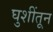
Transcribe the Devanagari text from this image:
घुशींतून